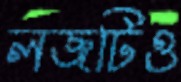
লজটিও